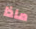
ماذا